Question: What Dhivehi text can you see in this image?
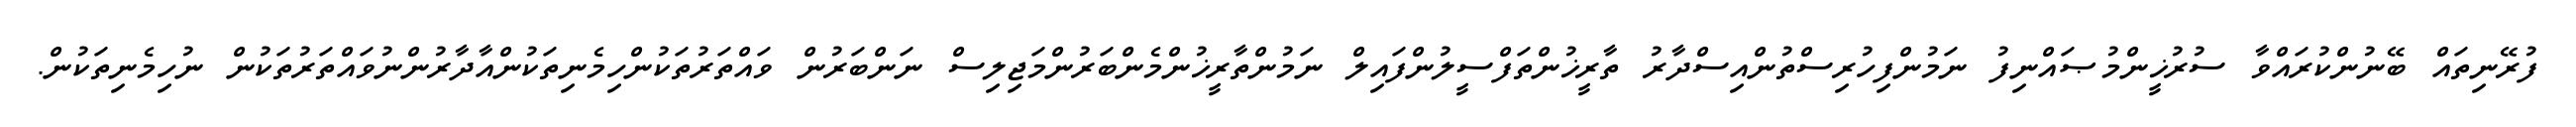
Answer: ފުރޭނިތައް ބޭނުންކުރައްވާ ސުރުޚީންމުޞައްނިފު ނަމުންފިހުރިސްތުންއިސްދާރު ތާރީޚުންތަފްސީލުންފައިލް ނަމުންތާރީޚުންމެންބަރުންމަޖިލިސް ނަންބަރުން ވައްތަރުތަކުންހިމެނިތަކުންއާދާރުންނުވައްތަރުތަކުން ނުހިމެނިތަކުން.